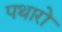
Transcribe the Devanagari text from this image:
पथारो